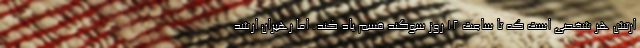
ارتش هر شخصی است که تا ساعت ۱۲ روز سوگند قسم یاد کند. اما رهبران ارشد